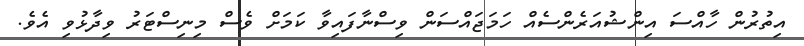
އިތުރުން ހާއްސަ އިންޝުއަރެންސެއް ހަމަޖައްސަން ވިސްނާފައިވާ ކަމަށް ވެސް މިނިސްޓަރު ވިދާޅުވި އެވެ.